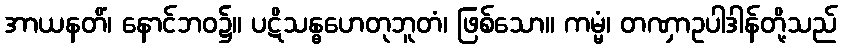
အာယနတိံ၊ နောင်ဘဝ၌။ ပဋိသန္ဓဟေတုဘူတံ၊ ဖြစ်သော။ ကမ္မံ၊ တဏှာဥပါဒါန်တို့သည်